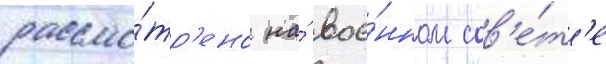
рассмо́тр'ено на́ вое́нном сов'е́т'е